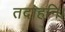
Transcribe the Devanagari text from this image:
तदाहनि।